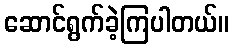
ဆောင်ရွက်ခဲ့ကြပါတယ်။